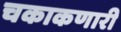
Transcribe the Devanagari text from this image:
चकाकणारी